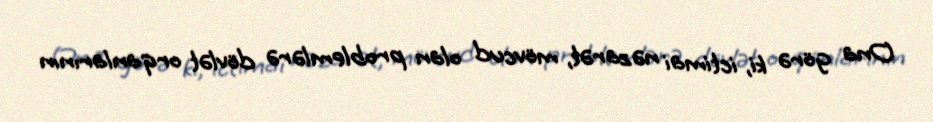
Ona görə ki, ictimai nəzarət, mövcud olan problemlərə dövlət orqanlarının